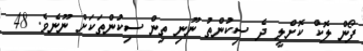
ފޯން ލޮކް ކޮށްލީ ދެ ސިކުންތު ނޫނި ތިން ސިކުންތަކަށް ނޫނެވެ. 48